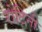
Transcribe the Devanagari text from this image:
रोटिनी